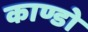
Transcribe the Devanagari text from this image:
काण्डो